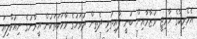
އެމެރިކާގެ ޚާރިޖީ ވުޒާރާއިން ބުނީ ފާއިތުވި ދެތިން ދުވަހުގެ ވާހަކަތަކުން އީރާނުގެ ނިއުކްލިއަ